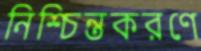
নিশ্চিন্তকরণে